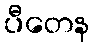
ပီတေန